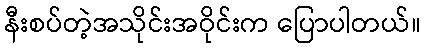
နီးစပ်တဲ့အသိုင်းအဝိုင်းက ပြောပါတယ်။